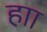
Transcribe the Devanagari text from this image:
हाा